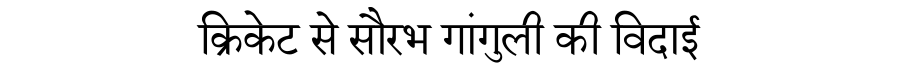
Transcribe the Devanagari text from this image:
क्रिकेट से सौरभ गांगुली की विदाई